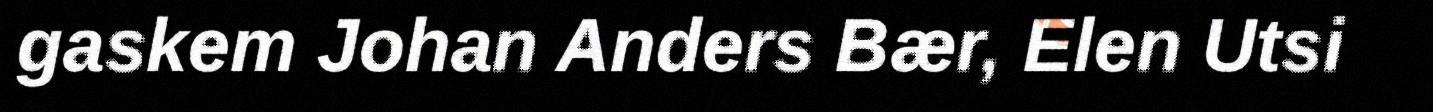
gaskem Johan Anders Bær, Elen Utsi